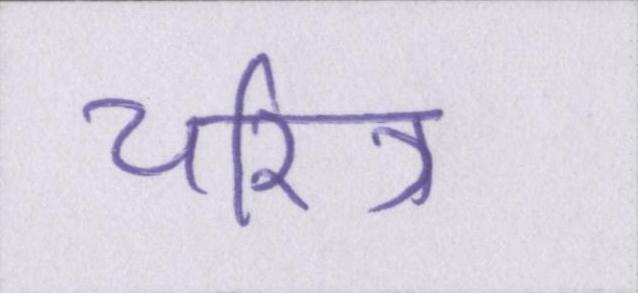
चरित्र